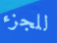
للجزء